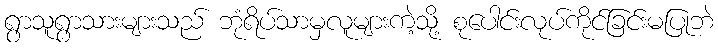
ရွာသူရွာသားများသည် ဘုံရိပ်သာမှလူများကဲ့သို့ စုပေါင်းလုပ်ကိုင်ခြင်းမပြုဘဲ